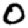
Digit: 0